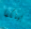
بينكما